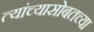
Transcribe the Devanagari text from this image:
त्यांच्यासोबतच्या